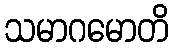
သမာဂမောတိ